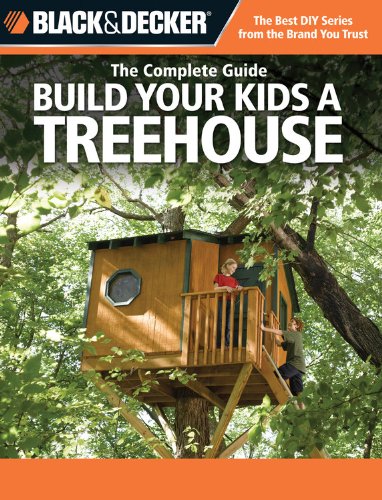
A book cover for Black & Decker The Complete Guide: Build Your Kids a Treehouse (Black & Decker Complete Guide); Philip Schmidt; Crafts, Hobbies & Home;